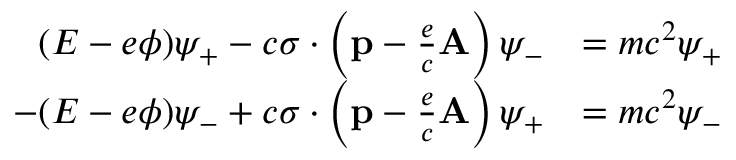
{ \begin{array} { r l } { ( E - e \phi ) \psi _ { + } - c { \boldsymbol { \sigma } } \cdot \left( \mathbf { p } - { \frac { e } { c } } \mathbf { A } \right) \psi _ { - } } & { = m c ^ { 2 } \psi _ { + } } \\ { - ( E - e \phi ) \psi _ { - } + c { \boldsymbol { \sigma } } \cdot \left( \mathbf { p } - { \frac { e } { c } } \mathbf { A } \right) \psi _ { + } } & { = m c ^ { 2 } \psi _ { - } } \end{array} }